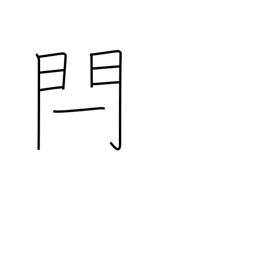
Meaning: gate bar